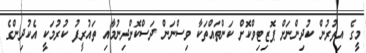
މީގެ އިތުރުން ކުދިންނަށް ޕޮޒިޓިވްކޮށް ކަންތައްތަކާ ވިސްނަން ދަސްކޮށްދިނުމާއި ތައުރީފު ކުރުމަކީ އެކުދިންގެ